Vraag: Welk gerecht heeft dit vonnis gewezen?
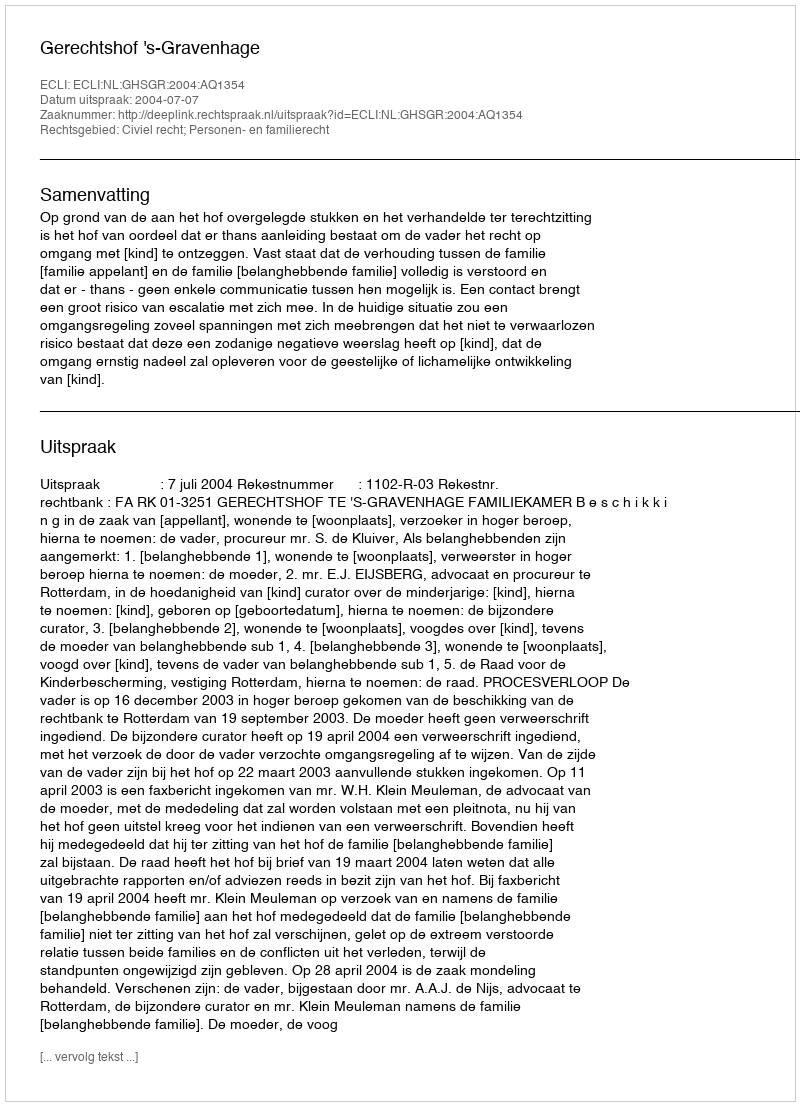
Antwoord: Gerechtshof 's-Gravenhage